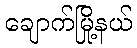
ချောက်မြို့နယ်